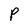
Character: P